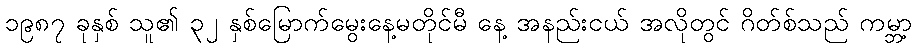
၁၉၈၇ ခုနှစ် သူ၏ ၃၂ နှစ်မြောက်မွေးနေ့မတိုင်မီ နေ့ အနည်းငယ် အလိုတွင် ဂိတ်စ်သည် ကမ္ဘာ့